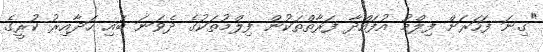
"ގިނަ ފަހަރަށް ފިލްމު އުފައްދާ ފަރާތްތަކުން ފިލްމުތަކުގެ ދެވަނަ ބައި ހަދާއިރު ކުރީގެ